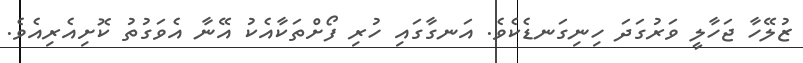
ޒުލޭހާ ޖަހާލީ ވަރުގަދަ ހިނިގަނޑެކެވެ. އަނގާގައި ހުރި ފޯށްތަކާއެކު އޭނާ އެވަގުތު ކޮށިއެރިއެވެ.